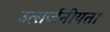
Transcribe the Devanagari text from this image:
उत्सर्जनीयता